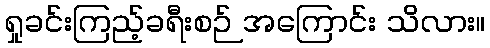
ရှုခင်းကြည့်ခရီးစဉ် အကြောင်း သိလား။